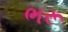
ભરૂ